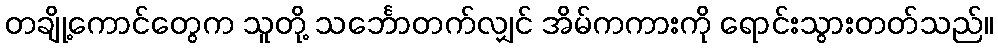
တချို့ကောင်တွေက သူတို့ သင်္ဘောတက်လျှင် အိမ်ကကားကို ရောင်းသွားတတ်သည်။